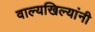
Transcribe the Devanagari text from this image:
वाल्यखिल्यांनी